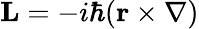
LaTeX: \mathbf{L}=-i\hbar(\mathbf{r}\times\nabla)